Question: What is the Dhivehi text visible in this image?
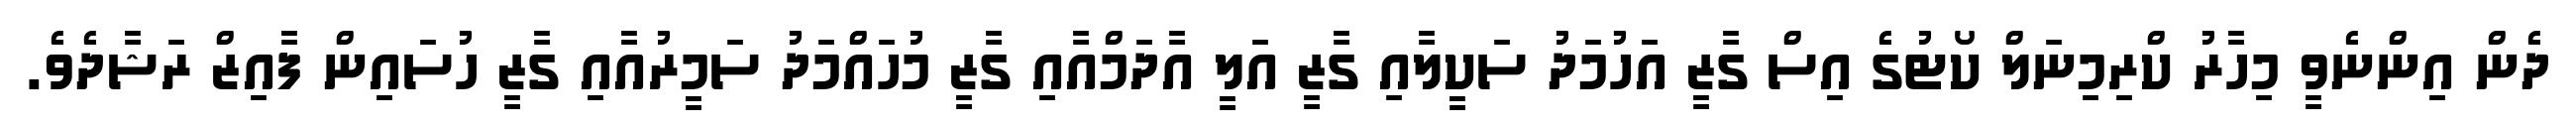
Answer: ދެން އިންނެވީ މިހާރު ކްރިމިނަލް ކޯޓުގެ އިސް ގާޒީ އަހުމަދު ސަކީލާއި ގާޒީ އަލީ އާދަމްއާއި ގާޒީ މުހައްމަދު ސަމީރުއާއި ގާޒީ ހުސައިން ފާއިޒް ރަޝާދެވެ.